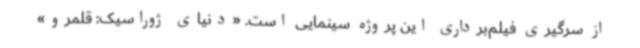
از سرگیری فیلم‌برداری این پروژه سینمایی است. «دنیای ژوراسیک: قلمرو»